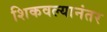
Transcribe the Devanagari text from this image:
शिकवल्यानंतर